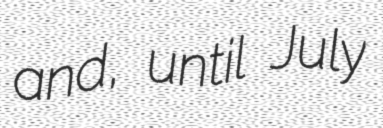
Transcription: and, until July